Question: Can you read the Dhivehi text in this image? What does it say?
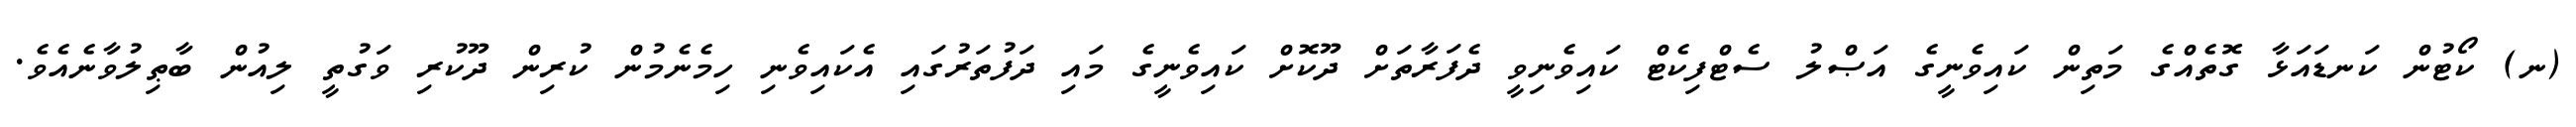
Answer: (ނ) ކޯޓުން ކަނޑައަޅާ ގޮތެއްގެ މަތިން ކައިވެނީގެ އަޞްލު ސެޓްފިކެޓް ކައިވެނިވީ ދެފަރާތަށް ދޫކޮށް ކައިވެނީގެ މައި ދަފުތަރުގައި އެކައިވެނި ހިމެނެމުން ކުރިން ދޫކުރި ވަގުތީ ލިއުން ބާޠިލުވާނެއެވެ.